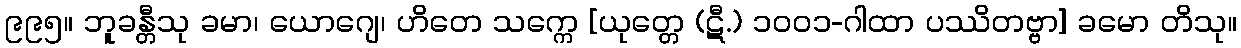
၉၉၅။ ဘူခန္တီသု ခမာ၊ ယောဂျေ၊ ဟိတေ သက္ကေ [ယုတ္တေ (ဋီ.) ၁၀၀၁-ဂါထာ ပဿိတဗ္ဗာ] ခမော တိသု။